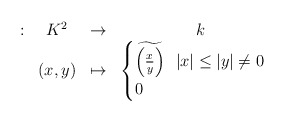
\begin{align*}\begin{array}{cccc}: & K^2 & \to & k \\ & (x,y) & \mapsto & \begin{cases} \widetilde{\left(\frac{x}{y}\right)} \ \ |x| \leq |y| \neq 0 \\0 \ \end{cases} \end{array}\end{align*}